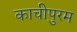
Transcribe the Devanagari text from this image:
काचीपुरम